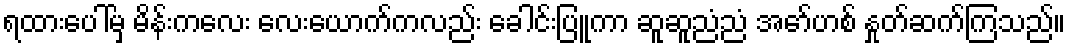
ရထားပေါ်မှ မိန်းကလေး လေးယောက်ကလည်း ခေါင်းပြူကာ ဆူဆူညံညံ အော်ဟစ် နှုတ်ဆက်ကြသည်။